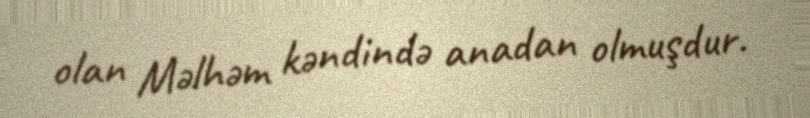
olan Məlhəm kəndində anadan olmuşdur.